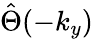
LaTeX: \hat{\Theta}(-k_{y})